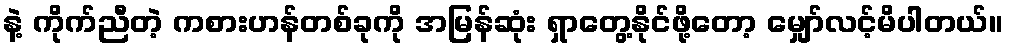
နဲ့ ကိုက်ညီတဲ့ ကစားဟန်တစ်ခုကို အမြန်ဆုံး ရှာတွေ့နိုင်ဖို့တော့ မျှော်လင့်မိပါတယ်။